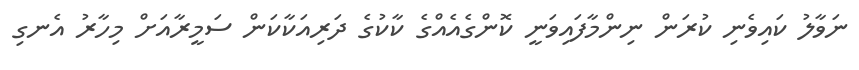
ނަވާލު ކައިވެނި ކުރަން ނިންމާފައިވަނީ ކޮންގެއެއްގެ ކާކުގެ ދަރިއަކާކަން ސަމީރާއަށް މިހާރު އެނގި